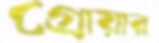
গ্রোয়ার